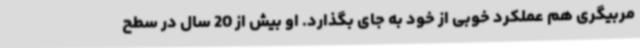
مربیگری هم عملکرد خوبی از خود به جای بگذارد. او بیش از 20 سال در سطح